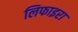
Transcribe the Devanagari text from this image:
लिफाइरा